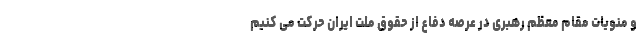
و منویات مقام معظم رهبری در عرصه دفاع از حقوق ملت ایران حرکت می کنیم